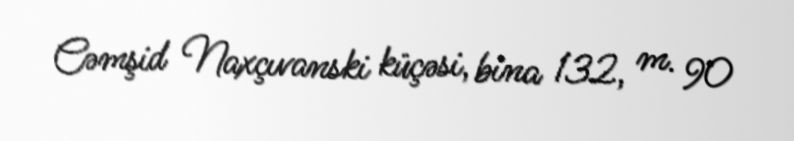
Cəmşid Naxçıvanski küçəsi, bina 132, m. 90